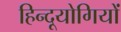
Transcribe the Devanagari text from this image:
हिन्दूयोगियों